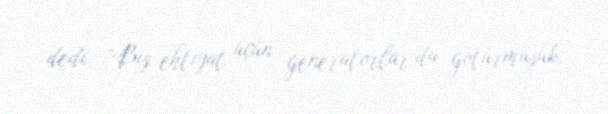
dedi: “Biz ehtiyat üçün generatorlar da götürmüşük.